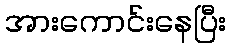
အားကောင်းနေပြီး